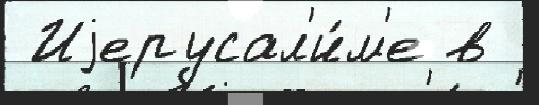
 Иjерусал'и́м'е в